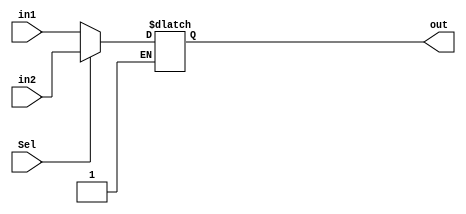


module mux32_2_1(in1,in2,Sel,out);

input[31:0]in1,in2;

input Sel;

output[31:0]out;

reg[31:0]out;


always@(*)
begin 

if(Sel)
   out<=in2;
	
else if(!Sel)
   out<=in1;


end


endmodule